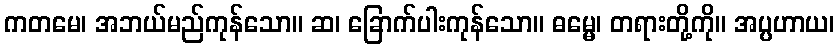
ကတမေ၊ အဘယ်မည်ကုန်သော။ ဆ၊ ခြောက်ပါးကုန်သော။ ဓမ္မေ၊ တရားတို့ကို။ အပ္ပဟာယ၊